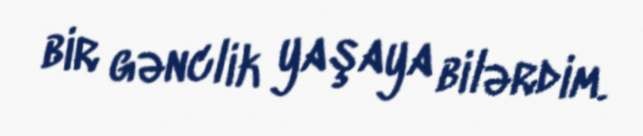
bir gənclik yaşaya bilərdim.